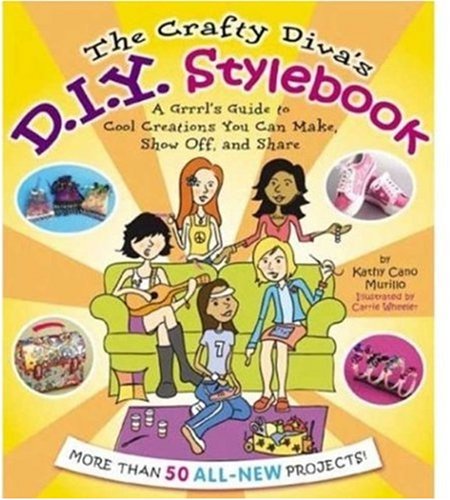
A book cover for The Crafty Diva's D.I.Y. Stylebook: "A Grrrl's Guide to Cool Creations You Can Make, Show Off, and Share"; Kathy Cano Murillo; Teen & Young Adult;